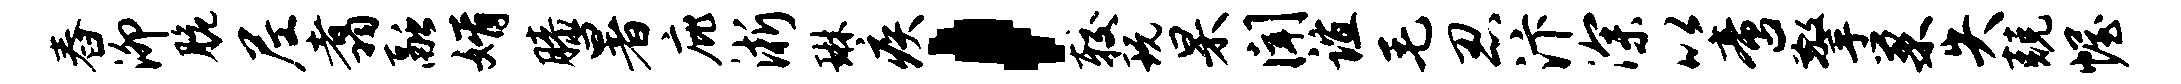
舂泖脆尼翥融婿膝暑庇淅琳疾，较玩杲闻谊毛忍汴深以啻擎巢失兢幄